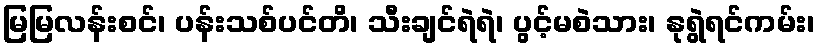
မြမြလန်းစင်၊ ပန်းသစ်ပင်တိ၊ သီးချင်ရဲရဲ၊ ပွင့်မစဲသား၊ နုရွဲရင်ကမ်း၊